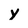
Character: Y